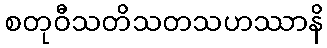
စတုဝီသတိသတသဟဿာနိ